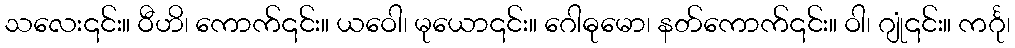
သလေး၎င်း။ ဝီဟိ၊ ကောက်၎င်း။ ယဝေါ၊ မုယော၎င်း။ ဂေါဓုမော၊ နတ်ကောက်၎င်း။ ဝါ၊ ဂျုံ၎င်း။ ကင်္ဂု၊